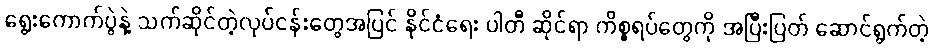
ရွေးကောက်ပွဲနဲ့ သက်ဆိုင်တဲ့လုပ်ငန်းတွေအပြင် နိုင်ငံရေး ပါတီ ဆိုင်ရာ ကိစ္စရပ်တွေကို အပြီးပြတ် ဆောင်ရွက်တဲ့